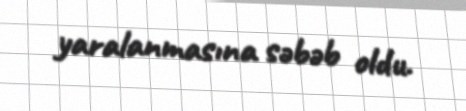
yaralanmasına səbəb oldu.